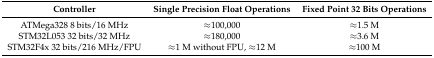
<table><thead><tr><td><b>Controller</b></td><td><b>Single Precision Float Operations</b></td><td><b>Fixed Point 32 Bits Operations</b></td></tr></thead><tbody><tr><td>ATMega328 8 bits/16 MHz</td><td>≈100,000</td><td>≈1.5 M</td></tr><tr><td>STM32L053 32 bits/32 MHz</td><td>≈180,000</td><td>≈3.6 M</td></tr><tr><td>STM32F4x 32 bits/216 MHz/FPU</td><td>≈1 M without FPU, ≈12 M</td><td>≈100 M</td></tr></tbody></table>